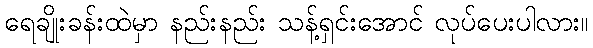
ရေချိုးခန်းထဲမှာ နည်းနည်း သန့်ရှင်းအောင် လုပ်ပေးပါလား။